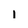
Character: i